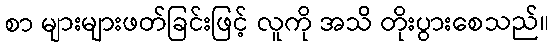
စာ များများဖတ်ခြင်းဖြင့် လူကို အသိ တိုးပွားစေသည်။